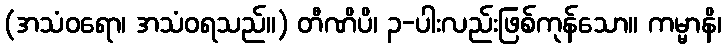
(အသံဝရော၊ အသံဝရသည်။) တီဏိပိ၊ ၃-ပါးလည်းဖြစ်ကုန်သော။ ကမ္မာနိ၊